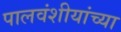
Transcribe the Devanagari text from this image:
पालवंशीयांच्या